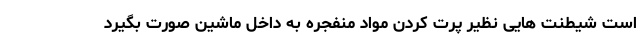
است شیطنت هایی نظیر پرت کردن مواد منفجره به داخل ماشین صورت بگیرد